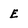
Character: E